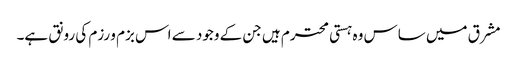
مشرق میں ساس وہ ہستی محترم ہیں جن کے وجود سے اس بزم و رزم کی رونق ہے۔